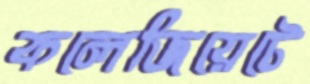
কলেজিয়েটে